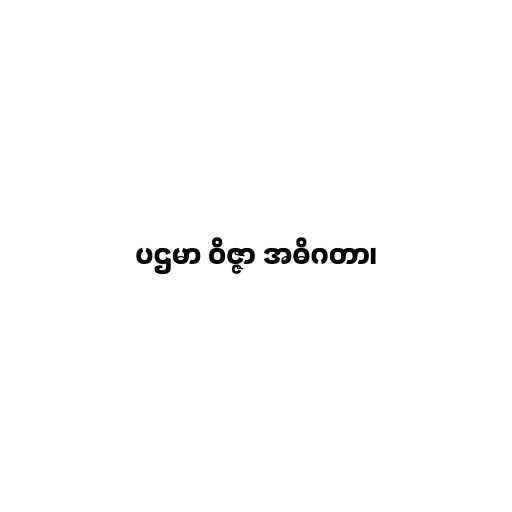
ပဌမာ ဝိဇ္ဇာ အဓိဂတာ၊